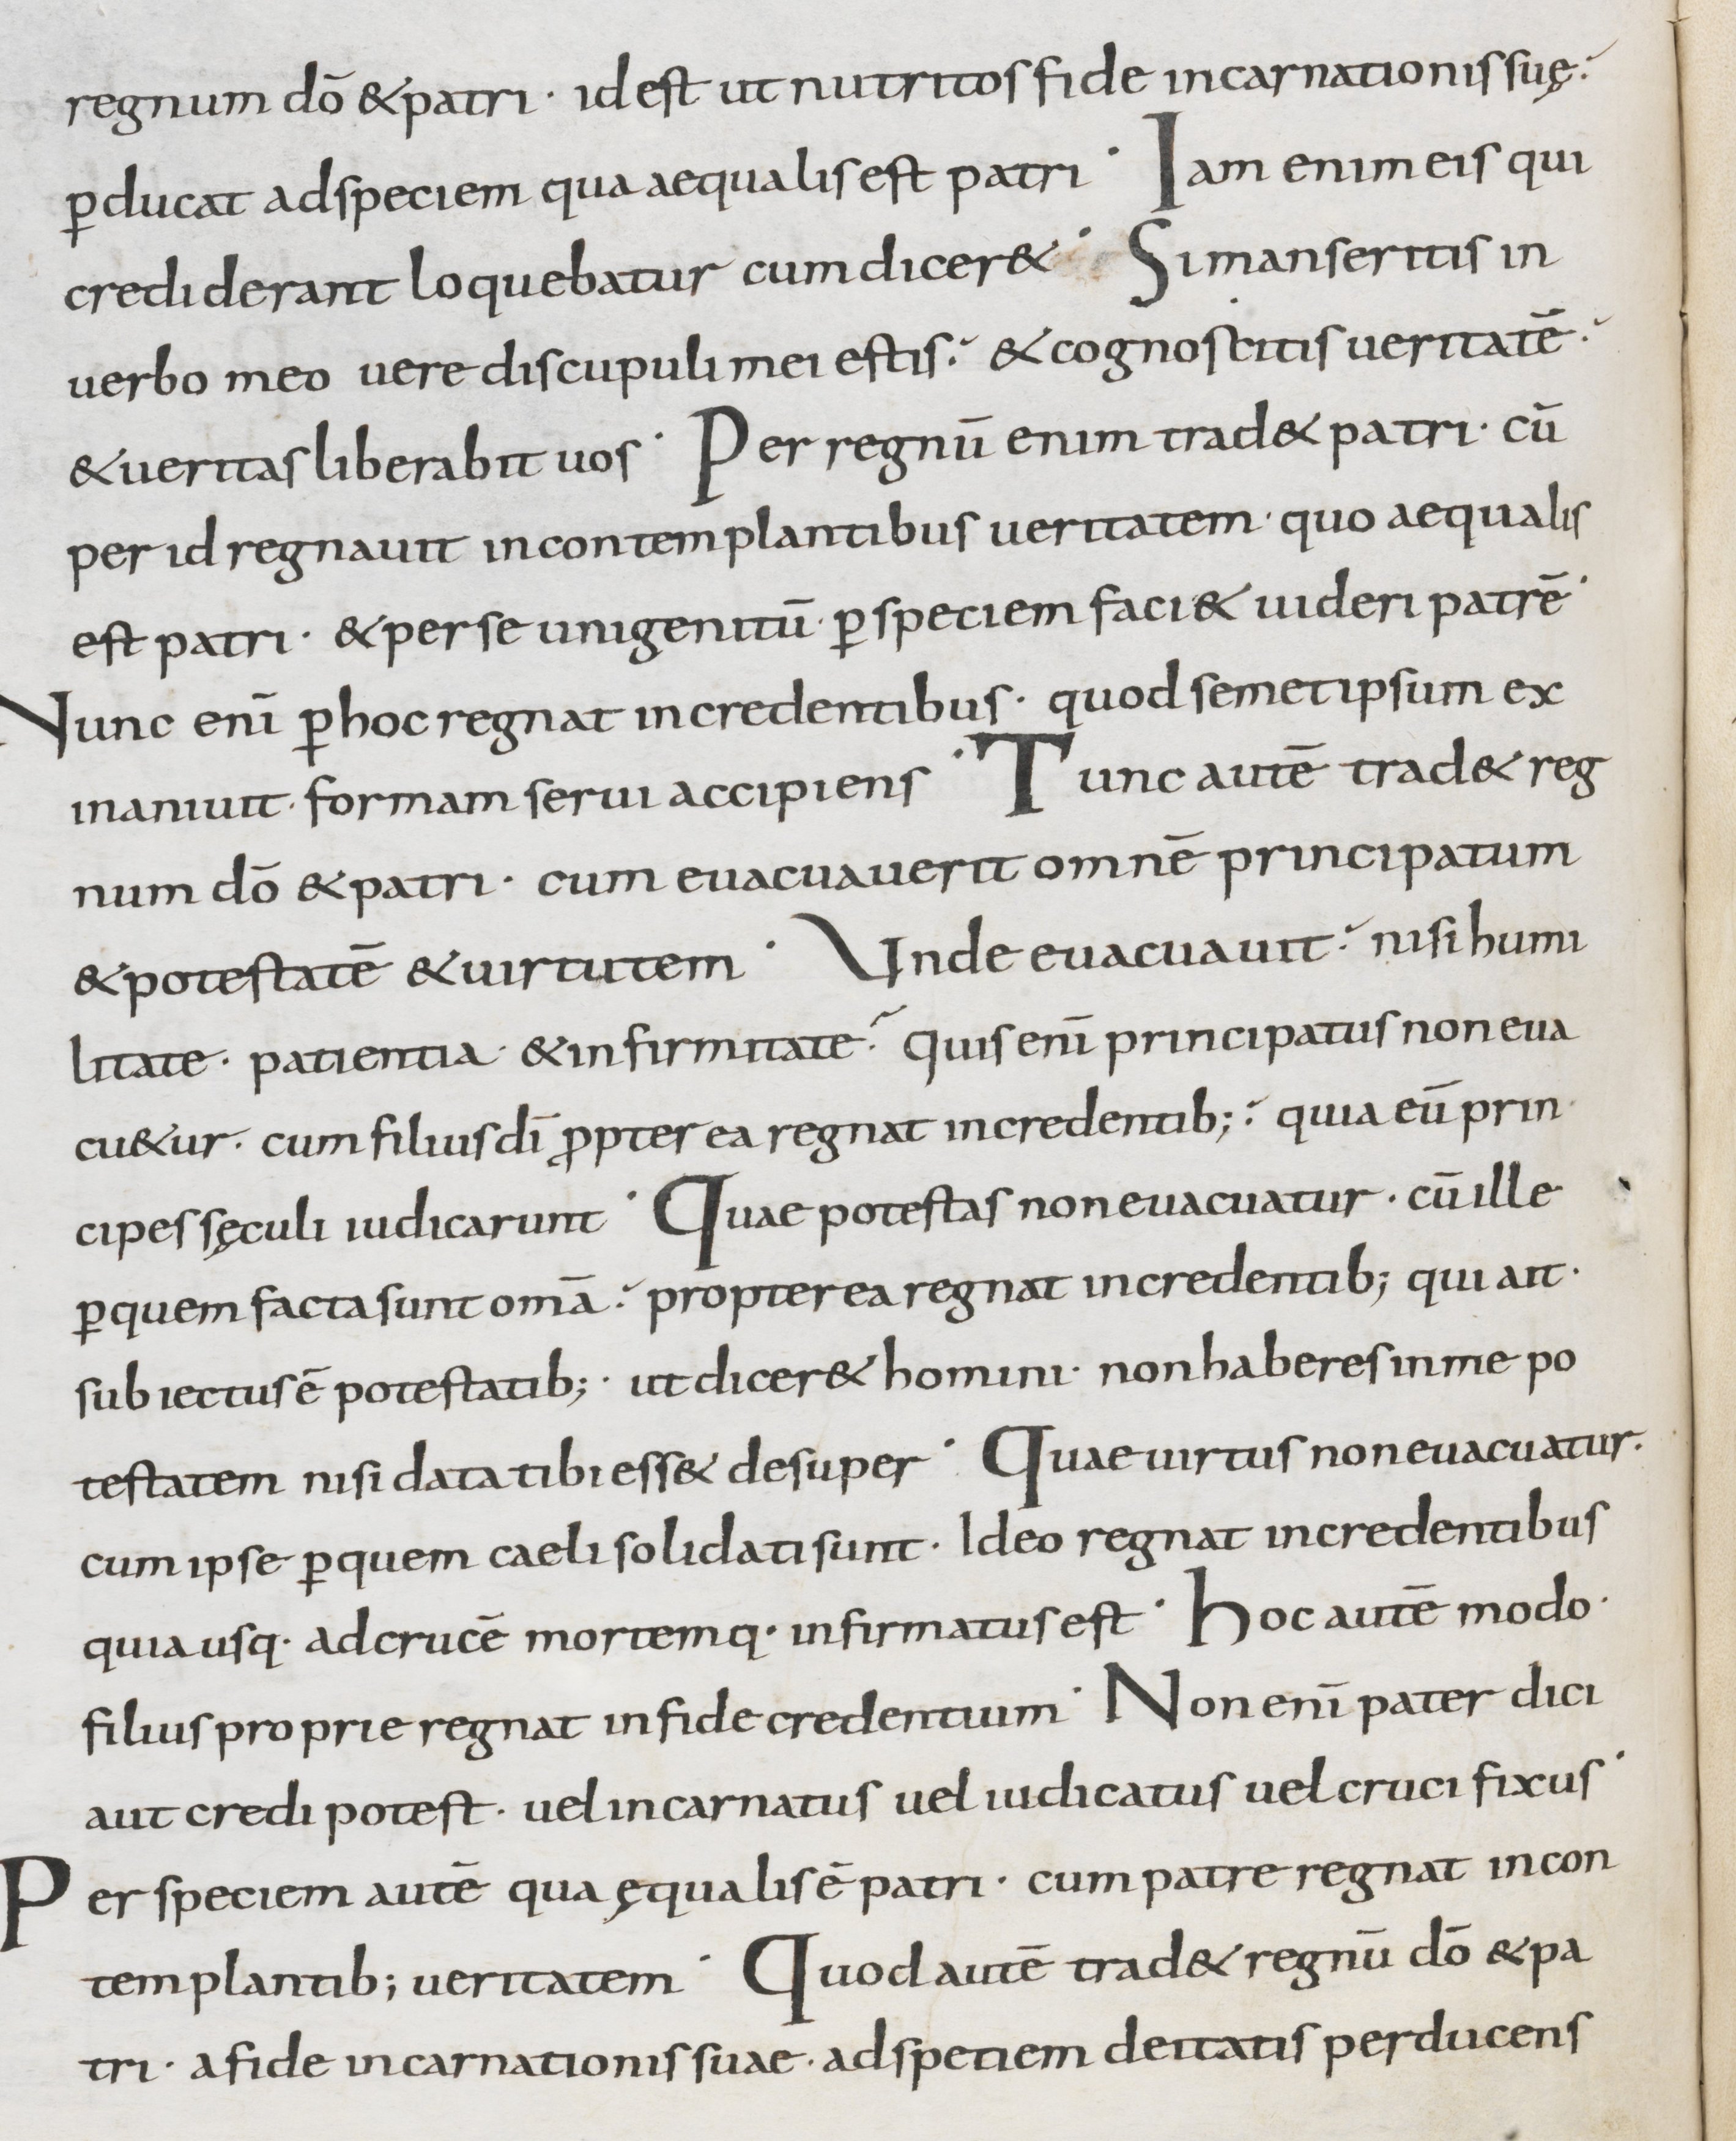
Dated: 800–899